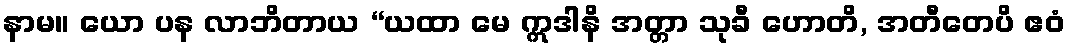
နာမ။ ယော ပန လာဘိတာယ “ယထာ မေ ဣဒါနိ အတ္တာ သုခီ ဟောတိ, အတီတေပိ ဧဝံ